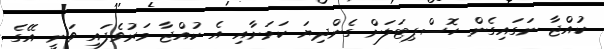
ކުއްޖާ ނަގައިގެން ހޮސްޕިޓަލަށް ގެންދިޔަ ކަމަށާއި އެ ކުއްޖާ މަރުވެފައި ވަނީ އޭގެ